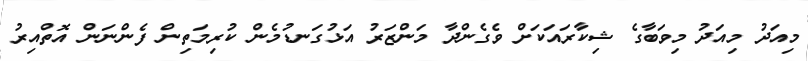
މިއަދު މިއަދު މިވަބާގެ ޝިކާރައަކަށް ވެގެންދާ މަންޒަރު އަޅުގަނޑުމެން ކުރިމަތިން ފެންނަން އޮތްއިރު